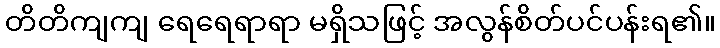
တိတိကျကျ ရေရေရာရာ မရှိသဖြင့် အလွန်စိတ်ပင်ပန်းရ၏။